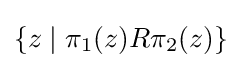
\{z\mid \pi _{1}(z)R\pi _{2}(z)\}